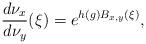
LaTeX: \begin{align*} \frac{d\nu_x}{d\nu_y}(\xi)=e^{h(g)B_{x,y}(\xi)}, \end{align*}